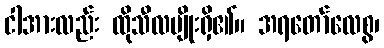
ငါအားလည်း ထိုသီလမျိုးရှိ၏။ အရတော်လေစွ၊